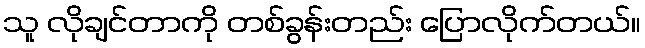
သူ လိုချင်တာကို တစ်ခွန်းတည်း ပြောလိုက်တယ်။